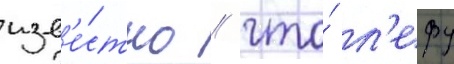
изв'е́стно / что́ л'ефу